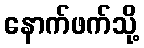
နောက်ဖက်သို့